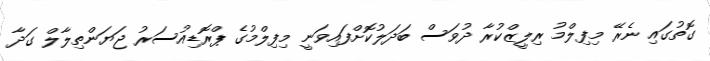
ގޮތުގައި ނެރޭ މިފިލްމު ރިލީޒްކުރާ ދުވަސް ބަދަލުކޮށްފައިވަނީ މިފިލްމުގެ ޕްރޮޑިއުސަރު ޖަޔަންތިލާލް ގަދާ